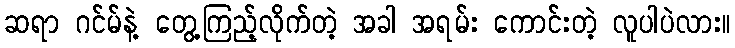
ဆရာ ဂင်မ်နဲ့ တွေ့ကြည့်လိုက်တဲ့ အခါ အရမ်း ကောင်းတဲ့ လူပါပဲလား။